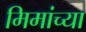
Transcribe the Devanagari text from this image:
मिमांच्या